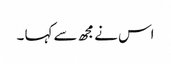
اس نے مجھ سے کہا ۔